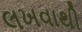
લખવાથી